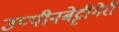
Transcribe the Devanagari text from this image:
उप्पीनबेट्टीगेरी